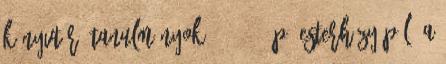
könyvtár. Tanulmányok, 6 , 200 p. Esterházy Pál, a